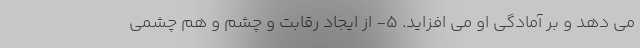
می دهد و بر آمادگی او می افزاید. 5- از ایجاد رقابت و چشم و هم چشمی